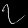
Digit: ၇